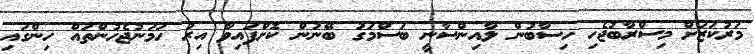
މަރުކަޒަށް މިސްރާބުޖެހި ހިސާބުން ލާއިންސާނީ ބަސްމަގު ބޭނުން ކޮށްފައިވާ އިރު ހަމަނުޖެހުންތައް ހިންގައި